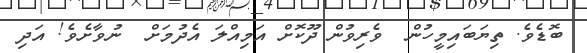
ބޮޑެވެ. ތިޔަބައިމީހުން  ވެރިވުން ދޫކޮށް އަމިއްލަ އެދުމަށް  ނުވާށެވެ! އަދި